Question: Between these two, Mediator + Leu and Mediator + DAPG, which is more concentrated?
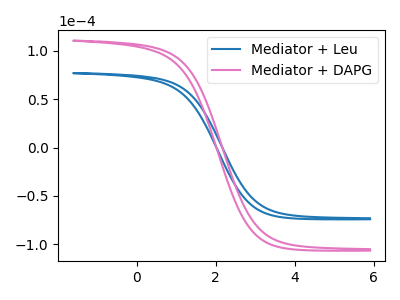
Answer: <think>The blue curve "Mediator + Leu" has no peaks. The pink curve "Mediator + DAPG" has no peaks.
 Neither "Mediator + Leu" or "Mediator + DAPG" have any peaks.</think>
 <answer>I cant tell if "Mediator + Leu" or "Mediator + DAPG" has higher concentration.</answer>
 <eval>mixed_concentration</eval>